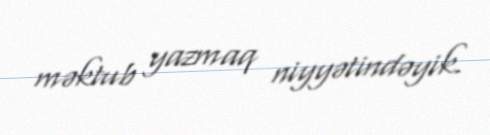
məktub yazmaq niyyətindəyik.